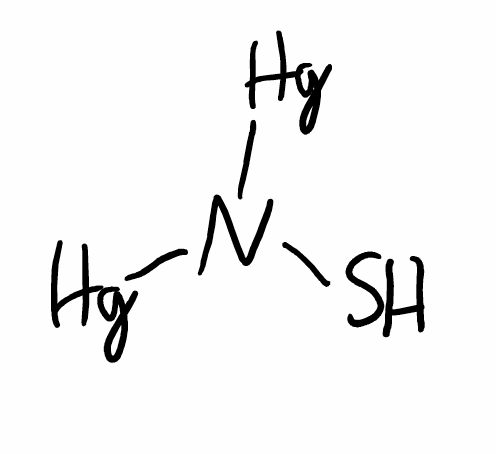
Simplified molecular-input line-entry system (SMILES) notation of the given molecule:
N(S)([Hg])[Hg]